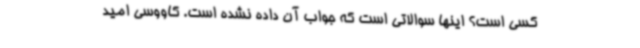
کسی است؟ اینها سوالاتی است که جواب آن داده نشده است. کاووسی امید